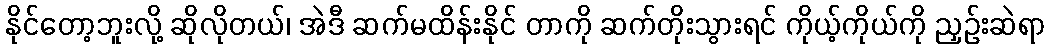
နိုင်တော့ဘူးလို့ ဆိုလိုတယ်၊ အဲဒီ ဆက်မထိန်းနိုင် တာကို ဆက်တိုးသွားရင် ကိုယ့်ကိုယ်ကို ညှဉ်းဆဲရာ